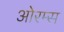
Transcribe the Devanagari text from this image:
ओरम्स